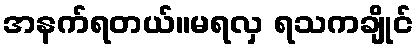
အနက်ရတယ်။မရလှ ရသကချိုင်